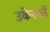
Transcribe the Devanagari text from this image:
उकेरकों